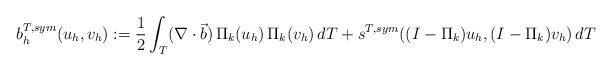
LaTeX: \begin{align*}b^{T,sym}_{h} (u_{h},v_{h}):=\frac{1}{2} \int_{T}(\nabla \cdot \vec{b}) \, \Pi_{k}(u_{h}) \, \Pi_{k}(v_{h}) \, dT+s^{T,sym}((I-\Pi_{k})u_{h},(I-\Pi_{k})v_{h}) \, dT \end{align*}